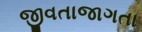
જીવતાજાગતા